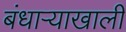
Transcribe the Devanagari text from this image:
बंधाऱ्याखाली